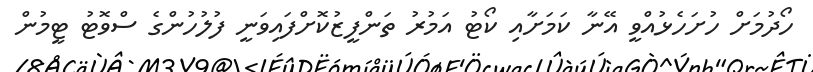
ހޯދުމަށް ހުށަހެޅުއްވީ އޭނާ ކަމަށާއި ކޯޓު އަމުރު ތަންފީޒުކޮށްފައިވަނީ ފުލުހުންގެ ސްވޮޓު ޓީމުން